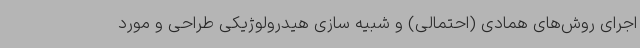
اجرای روش‌های همادی (احتمالی) و شبیه سازی هیدرولوژیکی طراحی و مورد